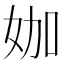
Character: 㚳